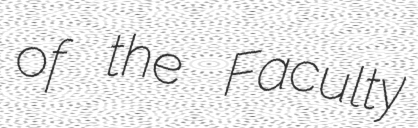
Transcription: of the Faculty